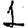
Digit: 1